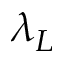
\lambda _ { L }